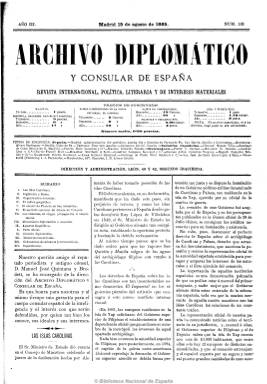
Título: Archivo diplomático y consular de España
Colección: Relaciones internacionales
Ámbito geográfico: Madrid
Lugar de publicación: Madrid
Fechas: 15/08/1885-31/12/1892

Revista especializada que había comenzado a publicarse el 15 de abril de 1883 bajo el título Archivo diplomático-político de España, y que un año después había reducido su cabecera a Archivo diplomático de España (véanse estos títulos en esta colección de la Biblioteca Nacional de España). Con esta cabecera, y siguiendo la secuencia de sus antecesoras, comienza a editarse a partir del 15 de agosto de 1885.

Primero bajo la dirección del excónsul y periodista Manuel Quintana y Brodett, al que le sucede en la dirección y en la propiedad Enrique Hernández, actuando como redactor-jefe Federico M. Albareda. Se trata de una publicación “con pretensiones de ejemplaridad política y empaque intelectual”, según señala José J. Sanmartín, dedicada al mundo de la diplomacia y las relaciones internacionales y comerciales.

Sigue manteniendo el mismo subtítulo: “revista internacional, política, literaria y de intereses materiales”, y publica artículos, memorias y discursos sobre estas materias; información sobre el servicio consular y el movimiento el personal diplomático; una sección oficial, con legislación, convenios y tratados; crónicas y notas de actualidad política; semblanzas biográficas; ecos y noticias, especie de revista de prensa; bibliografía, etc.

Dará cuenta de acontecimientos internacionales, como del fallecimiento del rey Alfonso XII, el Congreso Internacional de Comercio de París, el Congreso de Africanistas, el Congreso Jurídico Íbero-Americano, el Congreso Literario e Hispanoamericano, la Exposición Histórico-Americana o el cuarto Centenario del Descubrimiento de América.

Además de en la península, tuvo suscripciones en las colonias españolas y en otros países de Hispanoamérica y Europa. En sus últimas páginas inserta anuncios de comercio y transporte internacional.

Al principio tuvo una frecuencia quincenal (los días 15 y 30 de cada mes), en entregas de 16 páginas, y en 1886 vuelve a ser semanal, en números de ocho páginas. El 435 es el último número de la colección, correspondiente al 31 de diciembre de 1892.